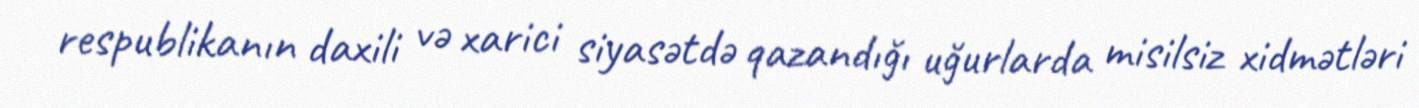
respublikanın daxili və xarici siyasətdə qazandığı uğurlarda misilsiz xidmətləri